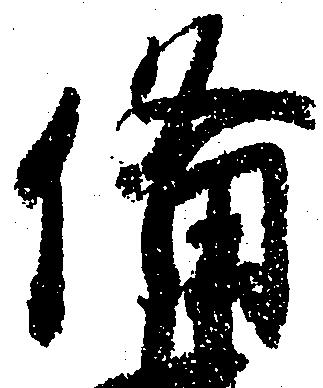
備